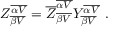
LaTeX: { \cal Z } _ { \overline { { { \beta V } } } } ^ { \overline { { { \alpha V } } } } = { \overline { { Z } } } _ { \overline { { { \beta V } } } } ^ { \overline { { { \alpha V } } } } { \cal Y } _ { \overline { { { \beta V } } } } ^ { \overline { { { \alpha V } } } } ~ .